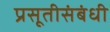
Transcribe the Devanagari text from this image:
प्रसूतीसंबंधी